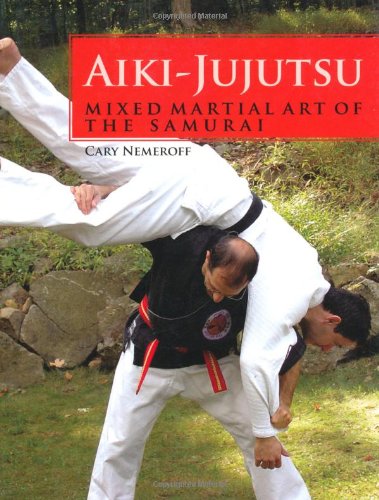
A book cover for Aiki-Jujutsu: Mixed Martial Art of the Samurai; Cary Nemeroff; Sports & Outdoors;